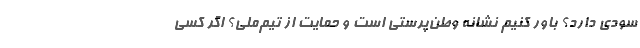
سودی دارد؟ باور کنیم نشانه وطن‌پرستی است و حمایت از تیم‌ملی؟ اگر کسی